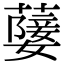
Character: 𦽚